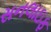
સનલાઇફ